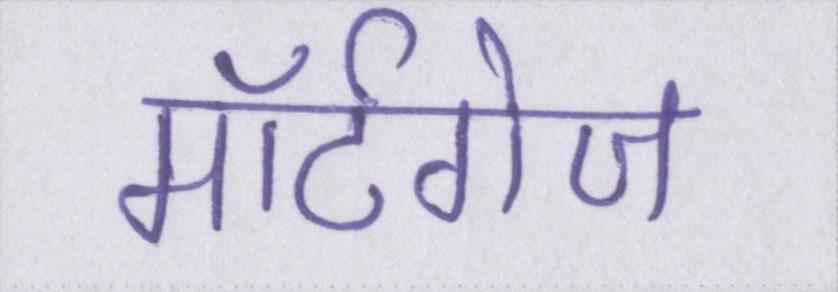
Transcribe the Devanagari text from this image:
मॉर्टगेज